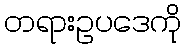
တရားဥပဒေကို